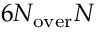
6 N _ { \mathrm { o v e r } } N